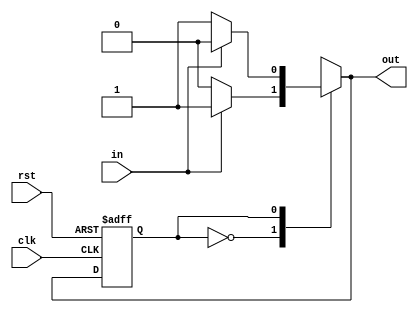
module mealy(in,clk,rst,out); //basic mealy 
  input in,clk,rst;
  output reg out;
  
  reg presentstate,nextstate;
  
  parameter S0=0, S1=1;
  
  always@(posedge clk or posedge rst)
    begin
      if(rst)
        presentstate <= S0;
      else
        presentstate <= nextstate;
    end
  
  always@(presentstate or in)
    begin
      
      case(presentstate)
        
        S0 : 
          begin
            if(in)
              begin
                out = 1;
                nextstate = S1;
              end
            else
              begin
                out = 0;
                nextstate = S0;
              end
          end
        
        S1 :
          begin
            if(in)
              begin
                out = 0;
                nextstate = S0;
              end
            else
              begin
                out = 1;
                nextstate = S1;
              end
          end
        
        default : 
          nextstate = S0;
        
      endcase
      
    end
endmodule